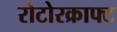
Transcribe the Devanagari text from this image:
रोटोरक्राफ्ट